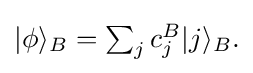
{\textstyle |\phi \rangle _{B}=\sum _{j}c_{j}^{B}|j\rangle _{B}.}